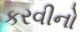
કરવીનો